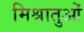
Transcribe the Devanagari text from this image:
मिश्रातुओं